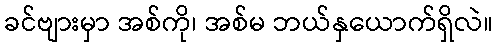
ခင်ဗျားမှာ အစ်ကို၊ အစ်မ ဘယ်နှယောက်ရှိလဲ။